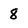
Character: 8